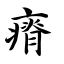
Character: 瘠